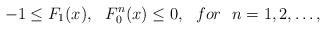
LaTeX: \begin{align*}-1\leq F_1(x), \ \ F_0^{n}(x) \leq 0, \ \ for \ \ n=1,2,\ldots,\end{align*}